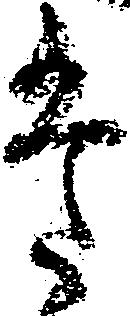
た